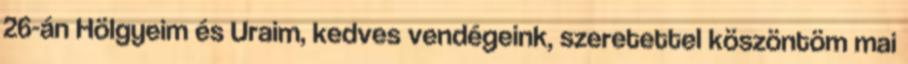
26-án Hölgyeim és Uraim, kedves vendégeink, szeretettel köszöntöm mai